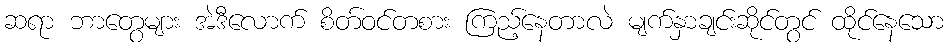
ဆရာ ဘာတွေများ အဲဒီလောက် စိတ်ဝင်တစား ကြည့်နေတာလဲ မျက်နှာချင်းဆိုင်တွင် ထိုင်နေသော